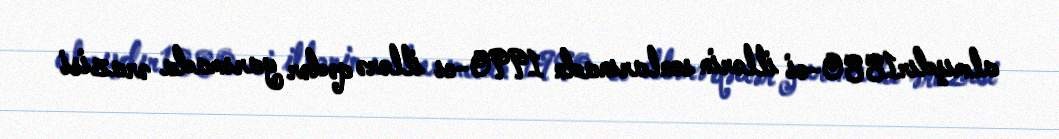
almışdır1880-ci illərin sonlarınadn 1990-cı illərə qədər yarımada ərazisi